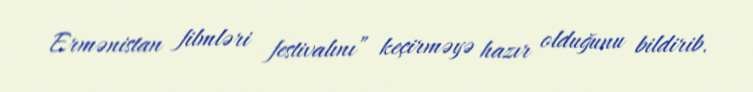
Ermənistan filmləri festivalını” keçirməyə hazır olduğunu bildirib.